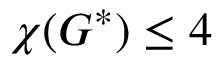
\chi ( G ^ { * } ) \leq 4